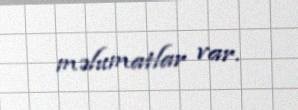
məlumatlar var.